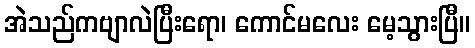
အဲသည်ကဗျာလဲပြီးရော၊ ကောင်မလေး မေ့သွားပြီ။